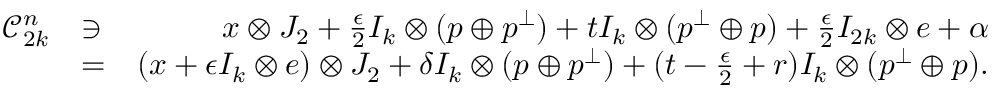
\begin{array} { r l r } { \mathcal { C } _ { 2 k } ^ { n } } & { \ni } & { x \otimes J _ { 2 } + \frac { \epsilon } { 2 } I _ { k } \otimes ( p \oplus p ^ { \perp } ) + t I _ { k } \otimes ( p ^ { \perp } \oplus p ) + \frac { \epsilon } { 2 } I _ { 2 k } \otimes e + \alpha } \\ & { = } & { ( x + \epsilon I _ { k } \otimes e ) \otimes J _ { 2 } + \delta I _ { k } \otimes ( p \oplus p ^ { \perp } ) + ( t - \frac { \epsilon } { 2 } + r ) I _ { k } \otimes ( p ^ { \perp } \oplus p ) . } \end{array}